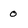
Character: 0